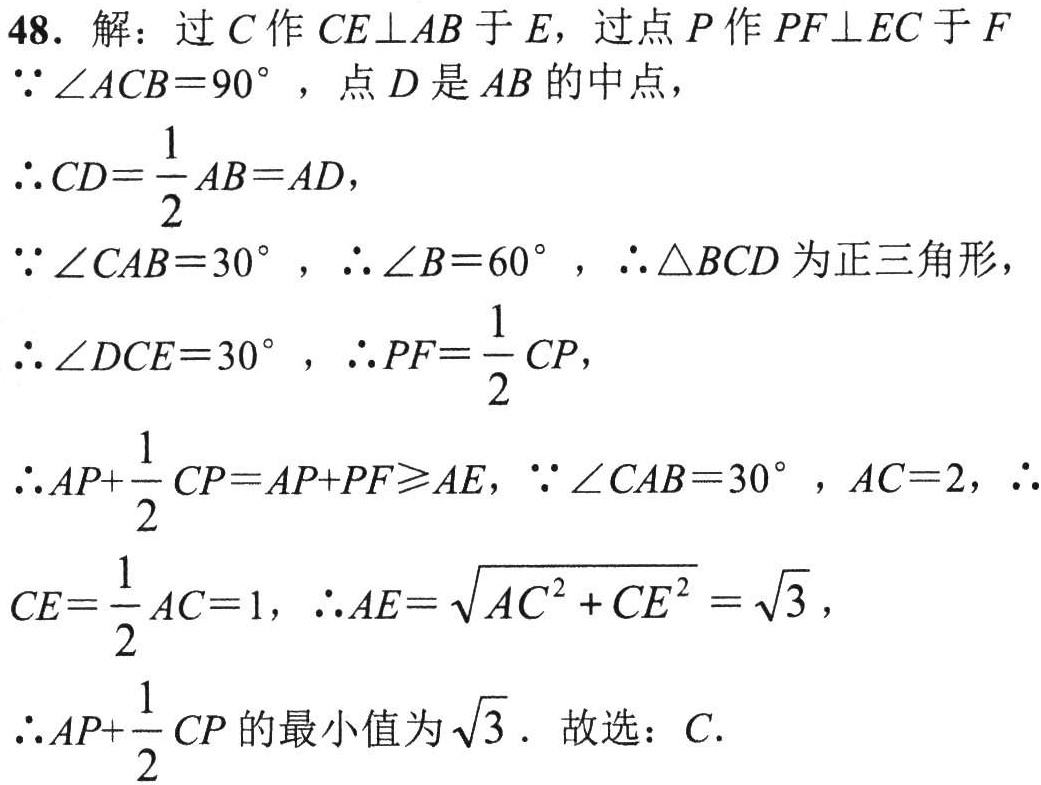
48. 解：过\(C\)作\(CE\perp AB\)于\(E\)，过点\(P\)作\(PF\perp EC\)于\(F\)
\(\because \angle ACB = 90^{\circ}\)，点\(D\)是\(AB\)的中点，
\(\therefore CD=\frac{1}{2}AB = AD\)，
\(\because \angle CAB = 30^{\circ}\)，\(\therefore \angle B = 60^{\circ}\)，\(\therefore \triangle BCD\)为正三角形，
\(\therefore \angle DCE = 30^{\circ}\)，\(\therefore PF=\frac{1}{2}CP\)，
\(\therefore AP+\frac{1}{2}CP = AP + PF\geqslant AE\)，\(\because \angle CAB = 30^{\circ}\)，\(AC = 2\)，\(\therefore\)
\(CE=\frac{1}{2}AC = 1\)，\(\therefore AE=\sqrt{AC^{2}+CE^{2}}=\sqrt{3}\)，
\(\therefore AP+\frac{1}{2}CP\)的最小值为\(\sqrt{3}\). 故选：\(C\).